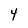
Character: 4